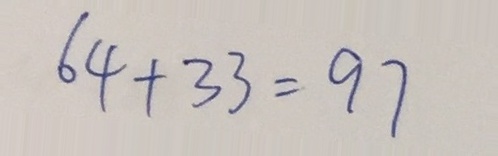
6 4 + 3 3 = 9 7